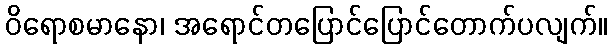
ဝိရောစမာနော၊ အရောင်တပြောင်ပြောင်တောက်ပလျက်။